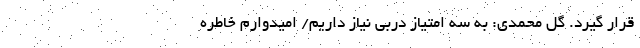
قرار گیرد. گل محمدی: به سه امتیاز دربی نیاز داریم/ امیدوارم خاطره